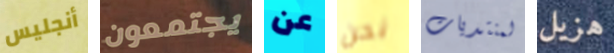
أنجليس يجتمعون عن نحن لمنتديات هزيل